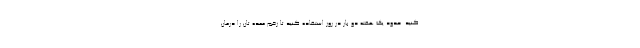
کنید. حدود یک هفته دو بار در روز استفاده کنید تا زخم معده تان را درمان